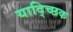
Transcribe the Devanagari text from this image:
याद्च्छिक